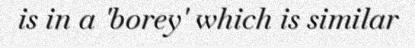
is in a 'borey' which is similar